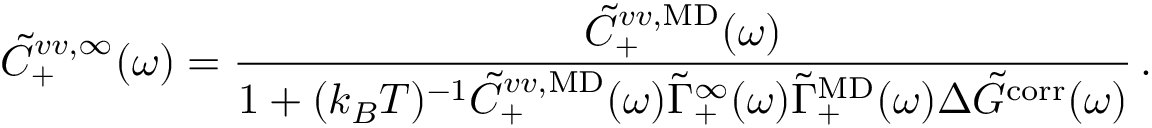
\Tilde { C } _ { + } ^ { v v , \infty } ( \omega ) = \frac { \Tilde { C } _ { + } ^ { v v , \mathrm { M D } } ( \omega ) } { 1 + ( k _ { B } T ) ^ { - 1 } \Tilde { C } _ { + } ^ { v v , \mathrm { M D } } ( \omega ) \Tilde { \Gamma } _ { + } ^ { \infty } ( \omega ) \Tilde { \Gamma } _ { + } ^ { \mathrm { M D } } ( \omega ) \Delta \Tilde { G } ^ { \mathrm { c o r r } } ( \omega ) } \, .